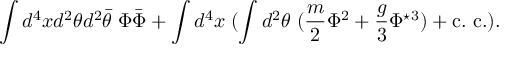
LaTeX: \int d ^ { 4 } x d ^ { 2 } \theta d ^ { 2 } \bar { \theta } \; \Phi \bar { \Phi } + \int d ^ { 4 } x \; ( \int d ^ { 2 } \theta \; ( \frac { m } { 2 } \Phi ^ { 2 } + \frac { g } { 3 } \Phi ^ { \star 3 } ) + \mathrm { c . ~ c . } ) .